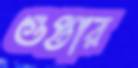
গুপ্তার